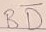
Text: BD